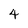
Character: 4